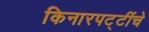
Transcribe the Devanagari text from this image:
किनारपट्टींचे